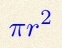
\pi r^2